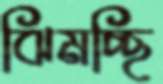
ঝিমচ্ছি